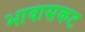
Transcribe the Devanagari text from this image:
भावासकट